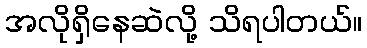
အလိုရှိနေဆဲလို့ သိရပါတယ်။